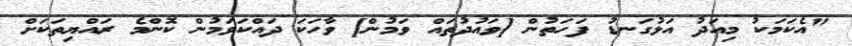
"އެކަމަކު މިއަދު އަޅުގަނޑު ފަހަތުން [ވައުދުތައް ވަމުން] ވާހަކަ ދައްކަވަމުން ކޮންމެ ރައްޔިތަކަށް